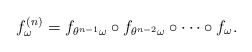
\begin{align*}f^{(n)} _\omega =f _{\theta^{n-1}\omega } \circ f _{\theta^{n-2}\omega }\circ\cdots\circ f _\omega.\end{align*}